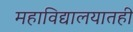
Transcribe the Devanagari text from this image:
महाविद्यालयातही